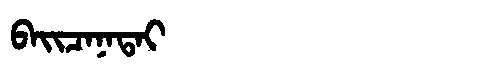
Manchu: ᠪᠠᡳᠴᠠᠨᠠᡨᠠᡳ
Romanization: BAICANATAI